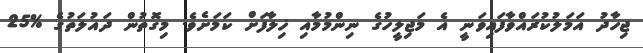
ޖިހާދު އަމަލުކުރައްވާފައިވަނީ އެ މަޖިލީހުގެ ނިންމުމާއި ޚިލާފަށް ކަމަށެވެ. މިގޮތުން ދައުލަތުގެ %25